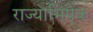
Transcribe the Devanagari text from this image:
राज्याभिषे़क